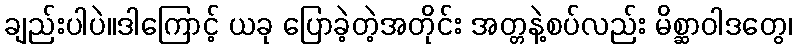
ချည်းပါပဲ။ဒါကြောင့် ယခု ပြောခဲ့တဲ့အတိုင်း အတ္တနဲ့စပ်လည်း မိစ္ဆာဝါဒတွေ၊